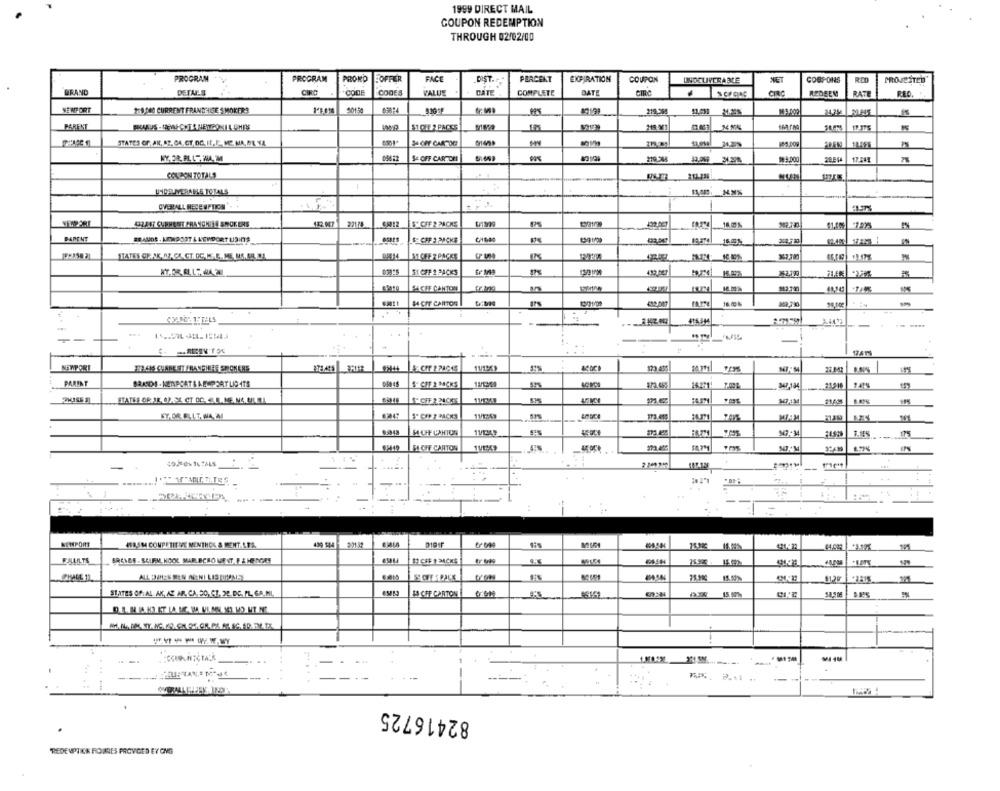
1999 DIRECT MAIL
COUPON REDEMPTION
THROUGH 02/02/00
PROGRAM
PROGRAM
PROKO
EOPFER
FACE
DIST.
PERCENT
EXPIRATION
COUPON
UNDELIVERABLE
NET
COUPONS
PROSEITED'
BRAND
DETAILS
COOF
VALUE
DATE
COMPLETE
DATE
CIRC
REDEEM
RATE
RED
NEWPORT
159) DAS CURRENT FRANCHISE S MOKER?
50150
PARENT
$1 OF 2 PARES
17.175
STATES OF AN. ST. CA CT.DC. It.F MC. MA, ME VA.
34 CHY CARTDE
-
WY, 2R. PL LT. INA. M
SE OFF CARTORI
₩3,000
COUPONTOTALS
UNDELIVERABLE TOTALS
OVERALL RECENPICS.
221.74
5 CHF 2 PACKS
DAPEUT
BRAUDE . UNAPORT & KEMDORT LISINTS
$ CHF S PACKE
16.00%
S1 OFF 2 PACKS
18.MX
MA CIT CARTON
98,00€
-
---...
1-
NEWPORT
173 456
21.842
PARENT
BRANDS . KITAPCAT & A RAPORT LID ITS
1- CIF 2 BACKS
26221
347-184
STATES OR JE CZ-SE CT DC. C.E.ME NE. MILMIL
11/1257
173.495
161
11/1349
S4 CFF CARTON
-
=
-
...
SEMPORT
4S3,5M4 COMPETITIVE MENTHOL & MENT LES.
00 144
FALLILTS
15.50
81.29
SLANTES OF:AL AK, AZ AR, CA. DO, CI. 22.DE. FL. SA. ML
IS CFF CARTON
15 0%%
.....
--
82416725
REDEVPINK ROULES PROVIDED EY ONG